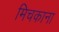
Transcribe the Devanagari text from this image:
मिचकाना